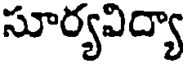
సూర్యవిద్యా